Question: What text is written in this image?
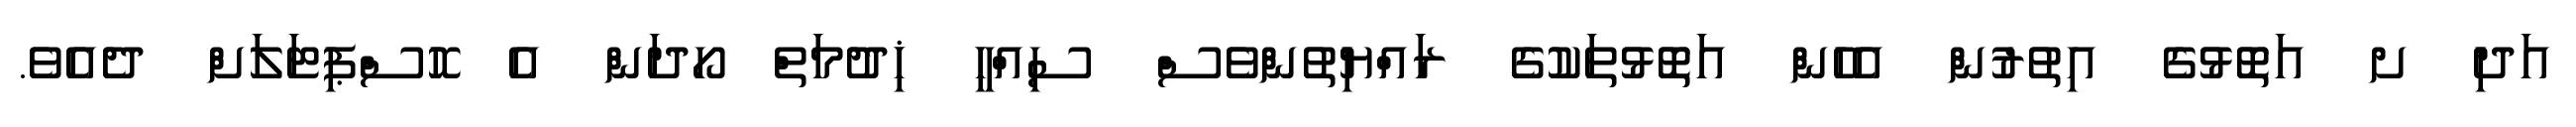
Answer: އަދި ށ އަތޮޅުގެ އިތުރުން އެހެން އަތޮޅުތަކުގެ ރައްޔިތުންވެސް ސިއްހީ ޚިދުމަތް ހޯދަން އެ ހޮސްޕިޓަލަށް ދެއެވެ.